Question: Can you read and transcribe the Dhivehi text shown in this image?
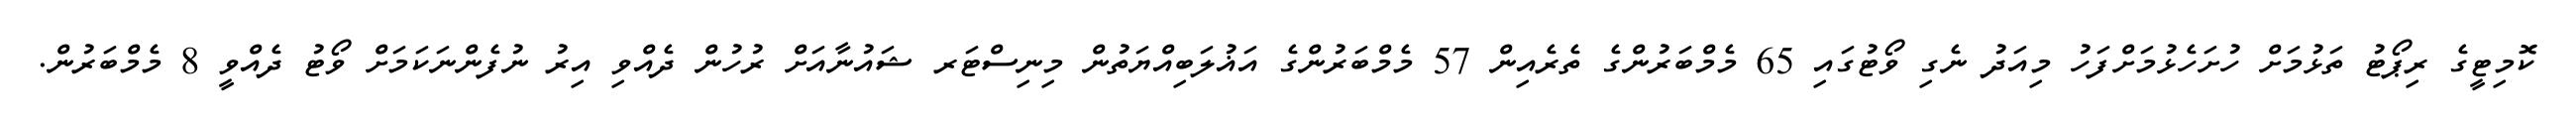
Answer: ކޮމިޓީގެ ރިޕޯޓު ތަޅުމަށް ހުށަހެޅުމަށްފަހު މިއަދު ނެގި ވޯޓުގައި 65 މެމްބަރުންގެ ތެރެއިން 57 މެމްބަރުންގެ އަޣުލަބިއްޔަތުން މިނިސްޓަރ ޝައުނާއަށް ރުހުން ދެއްވި އިރު ނުފެންނަކަމަށް ވޯޓު ދެއްވީ 8 މެމްބަރުން.